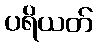
ပရိယတ်